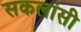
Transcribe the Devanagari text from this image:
सकलांसी